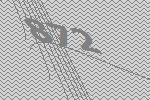
872